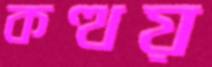
কত্থয়